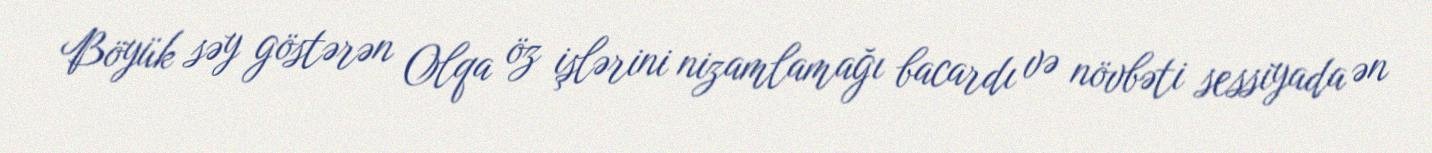
Böyük səy göstərən Olqa öz işlərini nizamlamağı bacardı və növbəti sessiyada ən